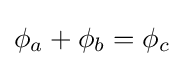
\phi _{a}+\phi _{b}=\phi _{c}